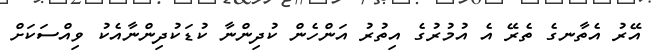
އޭރު އެތާނގެ ތެރޭ އެ އުމުރުގެ އިތުރު އަންހެން ކުދިންނާ ކުޑަކުދިންނާއެކު ވިއްސަކަށް